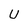
Character: U